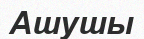
Ашушы